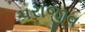
પરાજીવ